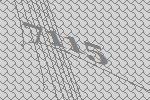
7115